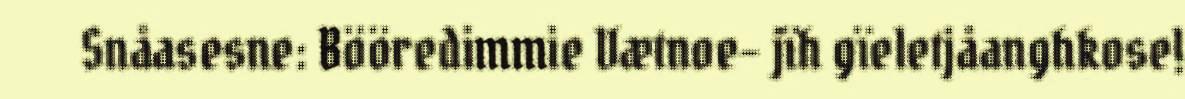
Snåasesne: Bööredimmie Vætnoe- jïh gïeletjåanghkose!